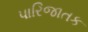
પારિજાતક